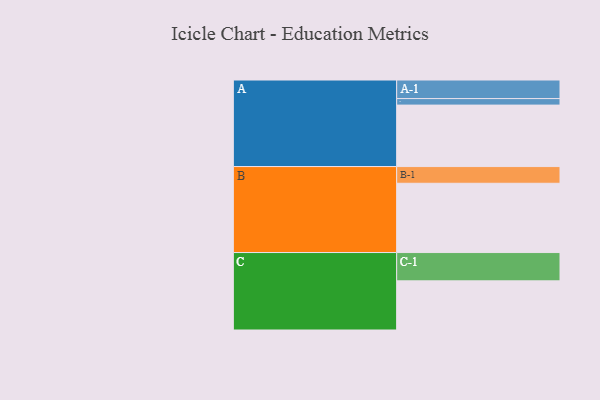
{"axis": {"x": "Segment", "y": "Value"}, "legend": ["", "A", "B", "C"], "data": [{"x": "A", "y": 519, "type": ""}, {"x": "B", "y": 585, "type": ""}, {"x": "C", "y": 415, "type": ""}, {"x": "A-1", "y": 157, "type": "A"}, {"x": "A-2", "y": 55, "type": "A"}, {"x": "B-1", "y": 141, "type": "B"}, {"x": "C-1", "y": 239, "type": "C"}]}